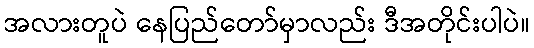
အလားတူပဲ နေပြည်တော်မှာလည်း ဒီအတိုင်းပါပဲ။